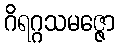
ဂိရဂ္ဂသမဇ္ဇော